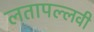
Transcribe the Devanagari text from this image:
लतापल्लवी